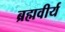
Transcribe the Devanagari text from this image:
ब्रह्मवीर्य